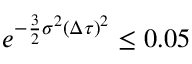
\begin{array} { r } { e ^ { - \frac { 3 } { 2 } \sigma ^ { 2 } ( \Delta \tau ) ^ { 2 } } \leq 0 . 0 5 } \end{array}